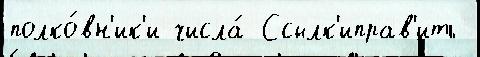
полко́вн'ик'и числа́ Ссылк'иправ'ить